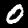
Digit: 0